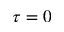
\tau = 0